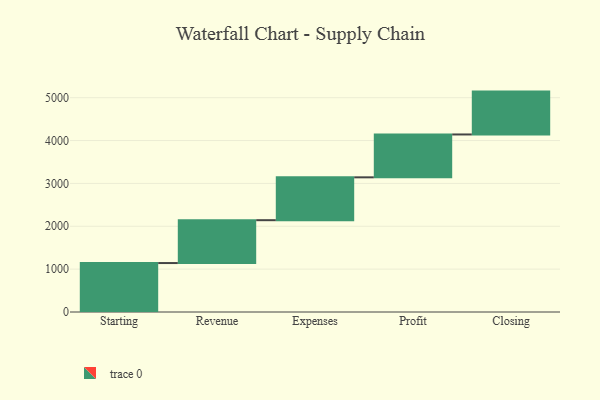
{"axis": {"x": "Step", "y": "Value"}, "legend": [""], "data": [{"x": "Starting", "y": 1142.0, "type": ""}, {"x": "Revenue", "y": 1000, "type": ""}, {"x": "Expenses", "y": 1000, "type": ""}, {"x": "Profit", "y": 1000, "type": ""}, {"x": "Closing", "y": 1000, "type": ""}]}